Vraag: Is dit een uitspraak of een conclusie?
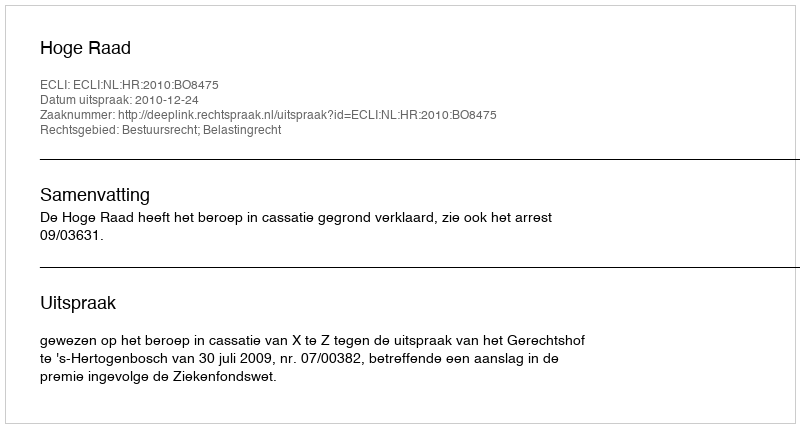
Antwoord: Uitspraak